Vital statistics of India. Vol. VI, European troops 1870-79
Year: 1870
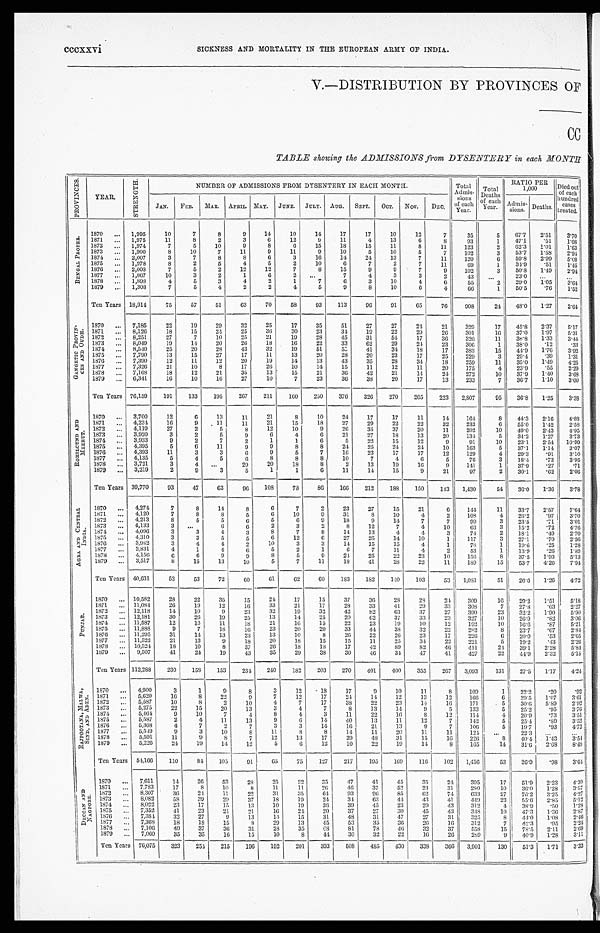
cccxxvi
SICKNESS AND MORTALITY IN THE EUROPEAN ARMY OF INDIA.
V.—DISTRIBUTION BY PROVINCES OF
CC
TABLE showing the ADMISSIONS from DYSENTERY in each MONTH
P R O V I N C E S .
YEAR.
S T R E N G T H .
NUMBER OF ADMISSIONS FROM DYSENTERY IN EACH MONTH.
Total
Admis-
sions
of each
Year.
Total
D e a t h s
of each Year.
RATIO PER1 , 0 0 0
Died out
of each
hundred
cases
treated.
JAN. FEB. MAR. APRIL. MAY. JUNE. JULY. AUG. SEPT. OCT. N O V .
DEC.
Admis- sions. Deaths.
B E N G A L P R O P E R .
1870 ... 1,995
10
7
8
9
14
10
14
17
1 7
1 0 1 2
7
3 5
5
6 7 . 7
2 . 5 1
3 . 7 0
1871 ... 1,975
11
8
2
3
6
12
9
11
4
1 3
6
8
9 3
1 47.1 .51
1 . 0 8
1872 ... 1,974
7
5
10
9
8
6
15
18
1 5
1 1
8
1 1
1 2 3
2
6 2 . 3
1 . 0 1
1 . 6 3
1873 ... 1,900
8
10
7
11
9
11
9
10
5
1 0
5
7
1 0 2
3
5 3 . 7
1 . 5 8
2 . 9 4
1874 ... 2,007
3
7
8
8
6
3
16
14
2 4
1 3
7
1 1
1 2 0
6
5 9 . 8
2 . 9 9
5 . 0 0
1875 ... 1,978
8
2
5
4
5
2
10
6
7
2
7
11
6 9
1
3 4 . 9
. 5 1
1 . 4 5
1876 ... 2,008
7
5
2
12
12
7
8
1 5
9
9
7
9
1 0 2
3
5 0 . 8
1 . 4 9
2 . 9 4
1877
. . . 1,867
10
3
2
1
6
2
. . .
7
4
3
3
2
4 3
. . .
2 3 . 0
. . .
. . .
1878 ... 1,898
4
5
3
4
2
1
7
6
3
1 0
4
6
5 5
2
2 9 . 0 1 . 0 5
3 . 6 4
1879 ... 1,308
7
5
4
2
2
4
5
9
8
10
6
4
66
1
50.5 .76
1.52
Ten Years 18,914
75
57
51
63
70
58
93
113
96
91
65
76
908
24
48.0 1.27
2.64
G A N G E T I C P R O V I N -
C E S A N D O U D H .
1870 ... 7,185
22
19
29
32
25
17
35
51
2 7
2 7
2 4
2 1
3 2 9
17
4 5 . 8
2 . 3 7
5 . 1 7
1871
. . . 8,126
18
15
24
25
36
30
23
34
1 9
2 2
2 9
2 6
3 0 1
1 6
3 7 . 0
1 . 9 7
5 . 3 1
1872 ... 8,251
27
7
10
25
21
19
28
45
3 1
5 4
1 7
3 6
3 2 0
1 1
3 8 . 8
1 . 3 3
3 . 4 4
1873 ... 8,049
19
14
20
26
18
16
22
3 3
6 2
2 9
2 4
2 3
3 0 6
1
3 8 . 0
. 1 2
. 3 3
1874 ... 8,540
25
20
28
43
32
19
51
5 5
4 1
3 4
1 8
1 7
3 8 3
1 5
4 4 . 9
1 . 7 6
3 . 9 2
1875 ... 7,790
13
15
27
17
11
13
20
28
2 0
2 3
1 7
2 5
2 2 9
3
2 9 . 4
. 3 9 1 . 3 1
1876 ... 7,390
12
11
12
20
19
14
13
43
3 5
2 8
3 4
1 8
2 5 9
1 1
3 5 . 0
1 . 4 9
4 . 2 5
1877 ... 7,326
21
10
8
17
26
10
14
15
1 1
1 2
1 1
2 0
1 7 5
4
2 3 . 9
. 5 5
2 . 2 9
1878 ... 7,168
18
12
21
35
13
15
21
36
4 2
2 1
1 4
2 4
2 7 2
1 0
3 7 . 9
1 . 4 0
3 . 6 8
1879 ... 6,341
16
10
16
27
10
7
23
36
3 8
38
20
17
13
233
7
36.7 1.10
3.00
Ten Years 76,159
191
133
195
267
211
160
250
376
326
270
205
223 2,807
95
36.8
1.25
3.38
R O H I L C U N D A N D
M E E R U T .
1870 ... 3,700
12
6
13
11
21
8
10
2 4
1 7
1 7
1 1
1 4
164
8 44. 3
2 . 1 6
4 . 8 8
1871 ... 4,234
16
9
11
11
21
15
18
27
2 9
2 2
2 2
3 2
2 3 3
6
5 5 . 0
1 . 4 2
2 . 5 8
1872 ... 4,119
27
2
5
8
12
10
9
26
3 5
3 7
2 0
1 1
2 0 2
1 0
4 9 . 0
2 . 4 3
4 . 9 5
1873
. . . 3,920
3
2
5
9
6
4
6
2 1
2 7
1 8
1 3
2 0
1 3 4
5
3 4 . 2
1 . 2 7
3 . 7 3
1874 ... 3,933
9
2
7
2
1
1
6
5
2 2
1 5
1 2
9
9 1
1 0
2 3 . 1
2 . 5 4
1 0 . 9 9
1875 ... 4,395
5
6
11
9
9
8
8
24
2 5
2 4
2 4
1 0
1 6 3
5
3 7 . 1
1 . 1 4
3 . 0 7
1876 ... 4,393
11
3
3
6
9
5
7
1 6
2 3
1 7
1 7
1 2
1 2 9
4
2 9 . 3
. 9 1
3 . 1 0
1877 ... 4,135
5
4
5
6
8
8
8
1 0
7
4
6
5
7 6
3
1 8 . 4
. 7 3
3 . 9 5
1878 ... 3,721
3
4
. . . 29
20
18
8
2
1 3
1 9
1 6
9
1 4 1
1
3 7 . 9
. 2 7
. 7 1
1879 ... 3,219
2
9
3
5
1
1
6
11
14
15
9
21
97
2
30.1
.62
2.06
Ten Years 39,770
93
47
63
96
108
78
86
166
212
188
150
143 1,430
54
36.0 1.36
3.78
A G R A A N D C E N T R A L
I N D I A . 1870 ... 4,274
7
8
14
8
6
7
2
2 3
2 7
1 5
2 1
6
1 4 4
1 1
3 3 . 7
2 . 5 7
7 . 6 4
1871 ... 4,120
7
8
8
5
6
10
9
31
8
1 0
4
2
1 0 8
4
2 6 . 2
. 9 7
3 . 7 0
1872 ... 4,213
8
5
5
6
5
6
9
1 8
9
1 4
7
7
9 9
3
2 3 . 5
. 7 1
3 . 0 1
1873 ... 4,133
3
. . .
6
6
2
3
2
8
1 2
7
4
1 0
6 3
3
1 5 . 2
. 7 2
4 . 7 6
1874 ... 4,096
3
3
4
3
8
7
8
1 4
1 3
4
4
3
7 4
2
1 8 . 1
. 4 9
2 . 7 0
1875
. . . 4,310
3
3
5
5
6
12
6
2 7
2 5
1 4
1 0
1
1 1 7
3
2 7 . 1
. 7 0
2 . 5 6
1876 ... 3,982
3
4
4
2
10
3
3
1 4
1 5
1 5
4
1
7 8
1
1 9 . 6
. 2 5
1 . 2 8
1877 ... 3,831
4
1
4
6
5
2
1
6
7
1 1
4
2
5 3
1
1 3 . 9
. 2 6
1 . 8 9
1878 ... 4,156
6
6
9
9
8
5
9
24
2 5
2 2
2 3
1 0
1 5 6
8
3 7 . 5
1 . 9 3
5 . 1 3
1879 ... 3,517
8
15
13
10
5
7
11
18
41
28
22
11
189
1 5 53.7 4.26
7.94
Ten Years 40,631
52
53
72
60
61
62
60
183
182
140
103
53 1,081
51
26.6 1.26
4.72
P U N J A B .
1870 ... 10,582
28
22
35
1 5
24
1 7
1 5
3 7
3 6
2 8
2 8
2 4
3 0 9
1 6
29.2
1 . 5 1
5 . 1 8
1871 ... 11,084
26
19
12
16
33
21
17
28
3 3
4 1
2 9
3 3
3 0 8
7
2 7 . 8
. 6 3
2 . 2 7
1872 ... 12,118
14
10
9
23
32
19
32
4 2
8 2
6 3
3 7
2 7
3 9 0
2 3
3 2 . 2
1 . 9 0
5 . 9 0
1873 ... 12,181
30
26
19
25
13
14
25
20
6 2
3 7
3 3
2 3
3 2 7
1 0
2 6 . 9
. 8 2
3 . 0 6
1874 ... 11,587
12
13
11
18
21
16
15
2 2
2 3
1 9
1 0
1 2
1 9 2
10
1 6 . 6
. 8 7
5 . 2 1
1875 ... 11,888
9
7
18
1 6 23
2 0
2 0
3 3
4 4
3 8
3 2
2 2
2 8 2
8
2 3 . 7
. 6 7
2 . 8 4
1876 ... 11,295
31
14
13
2 3
13
1 0
8
2 6
2 2
2 6
2 3
1 7
2 2 6
6
2 0 . 0
. 5 3
2 . 6 5
1877 ... 11,522
21
13
9
1 8
2 0
1 8
1 5
1 5
1 1
2 5
3 4
2 2
2 2 1
5
1 9 . 2
. 4 3
2 . 2 6
1878 ... 10,524
18
10
9
8
3 7
2 6
18
1 8
1 7
4 2
8 9
8 2
4 6
4 1 1
2 4
3 9 . 1
2 . 2 8
5 . 8 4
1879 ... 9,507
41
24
19
43
35
29
38
30
46
3 4
3 4
47
41
427
22
44.9 2.32
5.15
Ten Years 112,288
230
158
153
234 240
182
203
270
401
400
355
267 3,093
131
27.5
1.17
4.24
R A J P O O T A N A , M A L W A ,
S I N D , A N D A D E N .
1870 ... 4,900
3
1
9
8
3
12
18
1 7
9
1 0
1 1
8 1 0 9
1 22.2
. 2 0
. 9 2
1871 ... 5,620
16
8
22
9
7
12
17
2 4
1 4
1 2
1 3
1 2
1 6 6
3
2 9 . 5
1 . 0 7
3 . 6 1
1872 ... 5,587
10
8
2
10
4
7
17
3 8
2 2
2 3
1 4
1 6
1 7 1
5
3 0 . 6
5 . 8 9
2 . 9 2
1873 ... 5,275
22
15
20
1 3
3
4
7
8
1 3
1 4
9
5
1 3 3
5
2 5 . 2
. 9 5
3 . 7 6
1874 ... 5,464
9
10
7
4
8
4
3
1 1
2 2
1 6
8
1 2
1 1 4
4
2 0 . 9
. 7 3
3 . 5 1
1875 ... 5,587
2
4
11
13
9
6
14
4 0
1 3
1 1
1 2
7
1 4 2
5
2 5 . 4
. 8 9
3 . 5 2
1876
. . . 5,368
4
7
2
7
3
3
14
1 6
2 1
1 3
9
7
1 0 6
5
1 9 . 7
. 9 3
4 . 7 2
1877 ... 5,549
9
3
10
8
11
8
8
1 4
1 1
2 0
1 1
1 1
1 2 4
. . .
2 2 . 3
. . .
. . .
1878 ... 5,591
11
9
8
7
12
13
17
3 9
4 8
3 1
1 5
1 6
2 2 6 8
4 0 . 4
1 . 4 3
3 . 5 4
1879 ... 5,226
24
19
14
12
5
6
12
10
22
19
14
8
165
14
31.6 2.68 8.48
Ten Years 54,166
110
84
105
91 65
75
127
217
195
169
116
102 1,456
53
26.9 .98
3.64
D E C C A N A N D N A G P O R E .
1870 ... 7,611.
14
26
53
28
25
22
35
4 7
4 1
4 5
3 5
2 4
3 9 5
1 7
5 1 . 9
2 . 2 3 4 . 3 0
1871 ... 7,783
17
8
10
8
11
11
26
46
3 7
5 2
2 3
3 1
2 8 0
1 0
3 6 . 0
1 . 2 8
3 . 5 7
1872 ... 8,307
3 6
24
11
2 2
3 1
3 5
6 4
9 3
9 6
8 5
6 2
7 4
6 3 3
2 7
7 6 . 2 3 . 2 5
4 . 2 7
1873 ... 8,082
58
39
29
3 7
18
1 9
2 4
3 4
6 3
4 4
4 3
4 1
4 4 9
2 3
5 5 . 6
2 . 8 5
5 . 1 2
1874 ... 8,022
23
17
15
13
10
19
3 6
3 9
4 5
2 3
2 9
4 3
3 1 2
4
3 8 . 9
. 5 0
1 . 2 8
1875 ... 7,352
41
23
21
2 1
16
2 4
2 0
3 7
2 7
3 0
4 5
43
3 4 8
1 0
4 7 . 3
1 . 3 6
2 . 8 7
1876
. . . 7,384
32
27
9
13
14
15
31
48
3 1
4 7
2 7
3 1
3 2 5
8
4 4 . 0
1 . 0 8
2 . 4 6
1877 ... 7,368
18
18
15
8
29
13
45
5 3
3 5
3 6
2 6
1 6
3 1 2
7
4 2 . 3
. 9 5
2 . 2 4
1878 ... 7,106
49
37
36
31
28
35
6 8
81
78
46
3 2
3 7
5 5 8
1 5
7 8 . 5
2 . 1 1
2 . 6 9
1879 ... 7,060
35
35
16
15
10
8
44
30
32
22
16
26
289
9
40.9 1.28
3.11
Ten Years 76,075
323
254 215
196
192
201
393 508
485
430
338
366 3,901
130
51.3 1.71
3.33